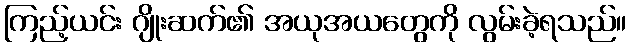
ကြည့်ယင်း ဂျိုးဆက်၏ အယုအယတွေကို လွမ်းခဲ့ရသည်။